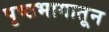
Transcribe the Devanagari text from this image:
पृष्ठभागातून